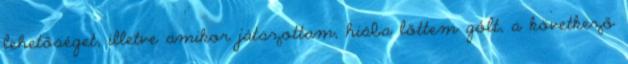
lehetőséget, illetve amikor játszottam, hiába lőttem gólt, a következő